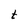
Character: t